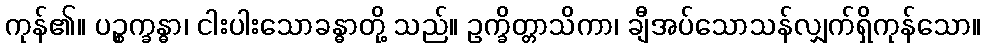
ကုန်၏။ ပဉ္စက္ခန္ဓာ၊ ငါးပါးသောခန္ဓာတို့ သည်။ ဥက္ခိတ္တာသိကာ၊ ချီအပ်သောသန်လျှက်ရှိကုန်သော။